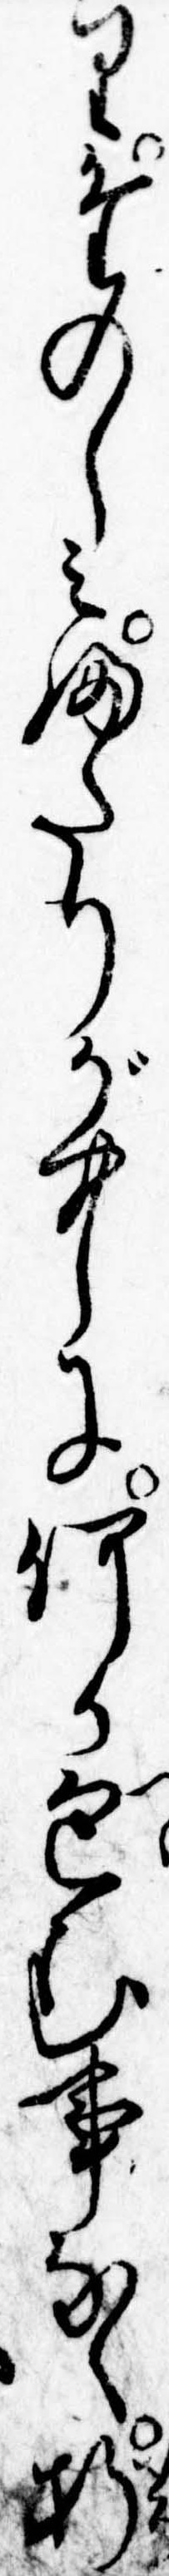
りたのしみふたりが中に何か包む事なく折